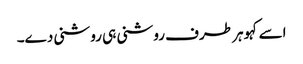
اسے کہو ہر طرف روشنی ہی روشنی دے۔